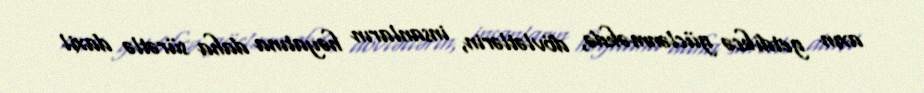
axın getdikcə güclənməkdə, dövlətlərin, insanların həyatına daha sürətlə daxil